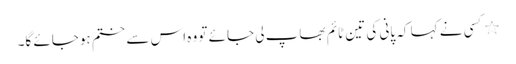
٭کسی نے کہا کہ پانی کی تین ٹائم بھاپ لی جائے تو وہ اس سے ختم ہوجائے گا۔